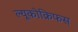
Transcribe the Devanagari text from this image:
ल्यूकोक्रिफस